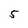
Character: 5